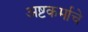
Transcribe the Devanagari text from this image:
अष्टकर्माचे